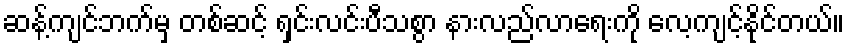
ဆန့်ကျင်ဘက်မှ တစ်ဆင့် ရှင်းလင်းပီသစွာ နားလည်လာရေးကို လေ့ကျင့်နိုင်တယ်။